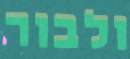
ולבור